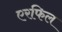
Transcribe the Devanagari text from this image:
एरफिल